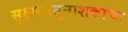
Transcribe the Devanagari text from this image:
सुक्ष्मजंतुनाशकांचा